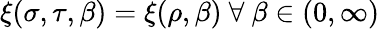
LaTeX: \xi(\sigma,\tau,\beta)=\xi(\rho,\beta)\ \forall\ \beta\in(0,\infty)